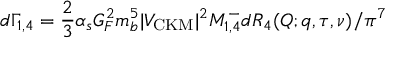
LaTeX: d \Gamma _ { 1 , 4 } = { \frac { 2 } { 3 } } \alpha _ { s } G _ { F } ^ { 2 } m _ { b } ^ { 5 } | V _ { \mathrm { \small C K M } } | ^ { 2 } { \cal M } _ { 1 , 4 } ^ { - } d { \cal R } _ { 4 } ( Q ; q , \tau , \nu ) / \pi ^ { 7 }